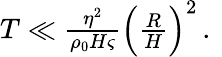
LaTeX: \begin{array}{r}{T\ll\frac{\eta^{2}}{\rho_{0}H\varsigma}\Big(\frac{R}{H}\Big)^{2}\, .\ }\end{array}